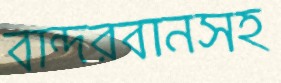
বান্দরবানসহ